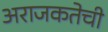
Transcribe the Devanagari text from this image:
अराजकतेची